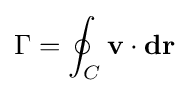
\Gamma =\oint _{C}\mathbf {v} \cdot \mathbf {dr}